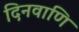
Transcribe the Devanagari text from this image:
दिनवाणि